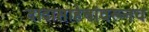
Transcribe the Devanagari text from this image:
दादासाहेबांवरूनच